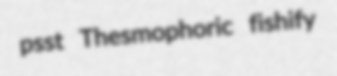
psst Thesmophoric fishify